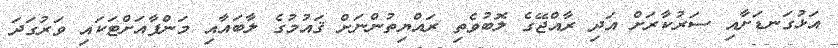
އަޅުގަނޑަށާއި ސަރުކާރަށް އަދި ރާއްޖޭގެ ލޮބުވެތި ރައްޔިތުންނަށް ޤައުމުގެ ލާބައާއި މަންފާއަށްޓަކައި ވަރުގަދަ